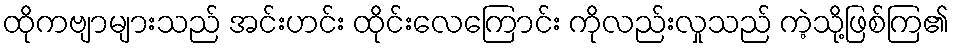
ထိုကဗျာများသည် အင်းဟင်း ထိုင်းလေကြောင်း ကိုလည်းလှုသည် ကဲ့သို့ဖြစ်ကြ၏